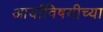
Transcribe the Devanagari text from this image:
आर्यांविषयीच्या